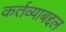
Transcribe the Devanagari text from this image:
कर्तव्याबद्दल